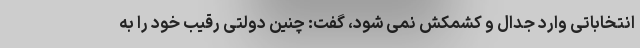
انتخاباتی وارد جدال و کشمکش نمی شود، گفت: چنین دولتی رقیب خود را به